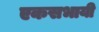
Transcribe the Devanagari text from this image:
एकसभायी